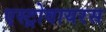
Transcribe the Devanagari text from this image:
एस्ट्रोवायरस